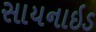
સાયનાઇડ